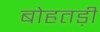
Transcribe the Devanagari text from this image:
बोहतड़ी